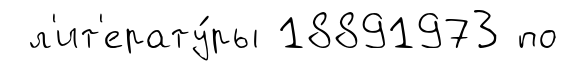
л'ит'ерату́ры 18891973 по